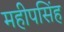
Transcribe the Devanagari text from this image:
महीपसिंह